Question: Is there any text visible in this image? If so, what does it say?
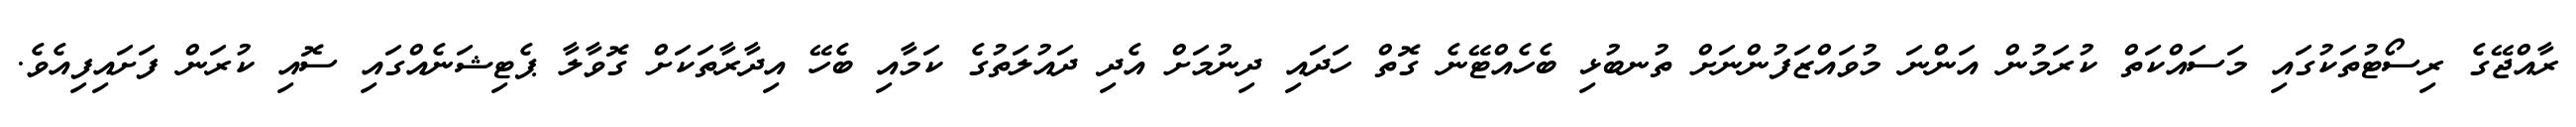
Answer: ރާއްޖޭގެ ރިސޯޓުތަކުގައި މަސައްކަތް ކުރަމުން އަންނަ މުވައްޒަފުންނަށް ތުނބުޅި ބެހެއްޓޭނެ ގޮތް ހަދައި ދިނުމަށް އެދި ދައުލަތުގެ ކަމާއި ބެހޭ އިދާރާތަކަށް ގޮވާލާ ޕެޓިޝަނެއްގައި ސޮއި ކުރަން ފަށައިފިއެވެ.